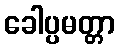
ခေါပ္ပမတ္တာ